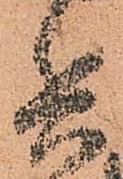
兵